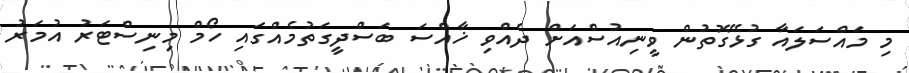
މި މައްސަލައާ ގުޅޭގޮތުން ވީނިއުސްއަށް ދެއްވި ޚާއްސަ ބަސްދީގަތުމެއްގައި ހޯމް މިނިސްޓަރު އުމަރު